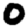
Digit: 0